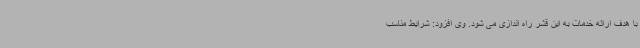
با هدف ارائه خدمات به این قشر راه اندازی می شود. وی افزود: شرایط مناسب